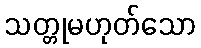
သတ္တုမဟုတ်သော